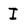
Character: I